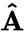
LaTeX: \mathbf{\hat{A}}_{}